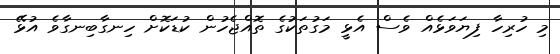
މި ހުރިހާ ފިޔަވަޅެއް ވެސް އެޅީ މަގުތަކުގެ ތޮއްޖެހުން ކުޑަކޮށް ހިނގާބިނގާވެ އުޅޭ